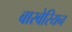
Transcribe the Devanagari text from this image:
बारबेरियन